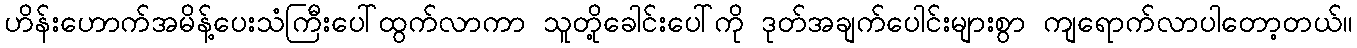
ဟိန်းဟောက်အမိန့်ပေးသံကြီးပေါ်ထွက်လာကာ သူတို့ခေါင်းပေါ်ကို ဒုတ်အချက်ပေါင်းများစွာ ကျရောက်လာပါတော့တယ်။